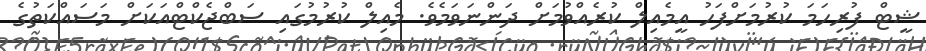
ޝީޓް ފުރިހަމަ ކުރުމަށްފަހު އީމެއިލް ކުރެއްވުމަށް ދަންނަވަމެވެ. މެއިލް ކުރުމުގައި ސަބްޖެކްޓްއަކަށް މަސައްކަތުގެ